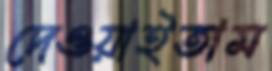
দেওয়াইতাম